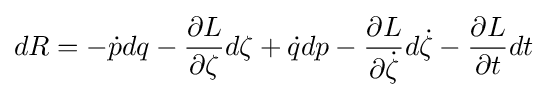
dR=-{\dot {p}}dq-{\frac {\partial L}{\partial \zeta }}d\zeta +{\dot {q}}dp-{\frac {\partial L}{\partial {\dot {\zeta }}}}d{\dot {\zeta }}-{\frac {\partial L}{\partial t}}dt